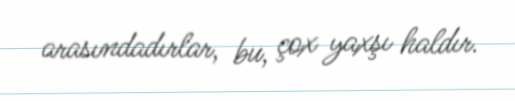
arasındadırlar, bu, çox yaxşı haldır.